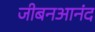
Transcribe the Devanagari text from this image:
जीबनआनंद